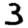
Digit: 3